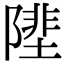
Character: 𨻼